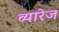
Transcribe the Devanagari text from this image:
ब्यारेज